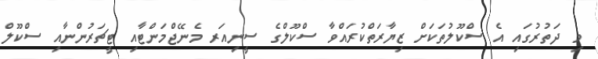
މި ދަތުރުގައި އެ ސްކޫލުތަކަށް ޒިޔާރަތްކުރައްވާ ސްކޫލްގެ ސީނިއަރ މެނޭޖްމަންޓާއި ޓީޗަރުންނާއި ސްކޫލް